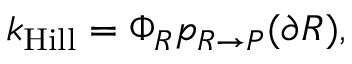
k _ { \mathrm { H i l l } } = \Phi _ { R } p _ { R \rightarrow P } ( \partial R ) ,